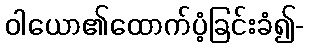
ဝါယော၏ထောက်ပံ့ခြင်းခံ၍-